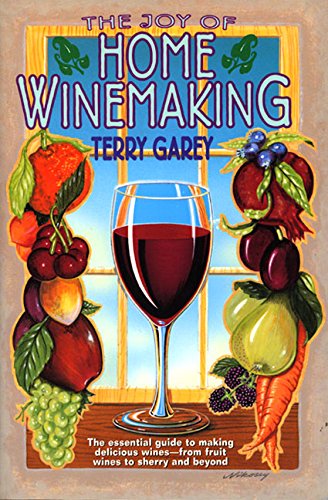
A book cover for The Joy of Home Wine Making; Terry  A. Garey; Cookbooks, Food & Wine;